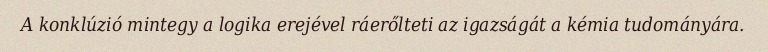
A konklúzió mintegy a logika erejével ráerőlteti az igazságát a kémia tudományára.